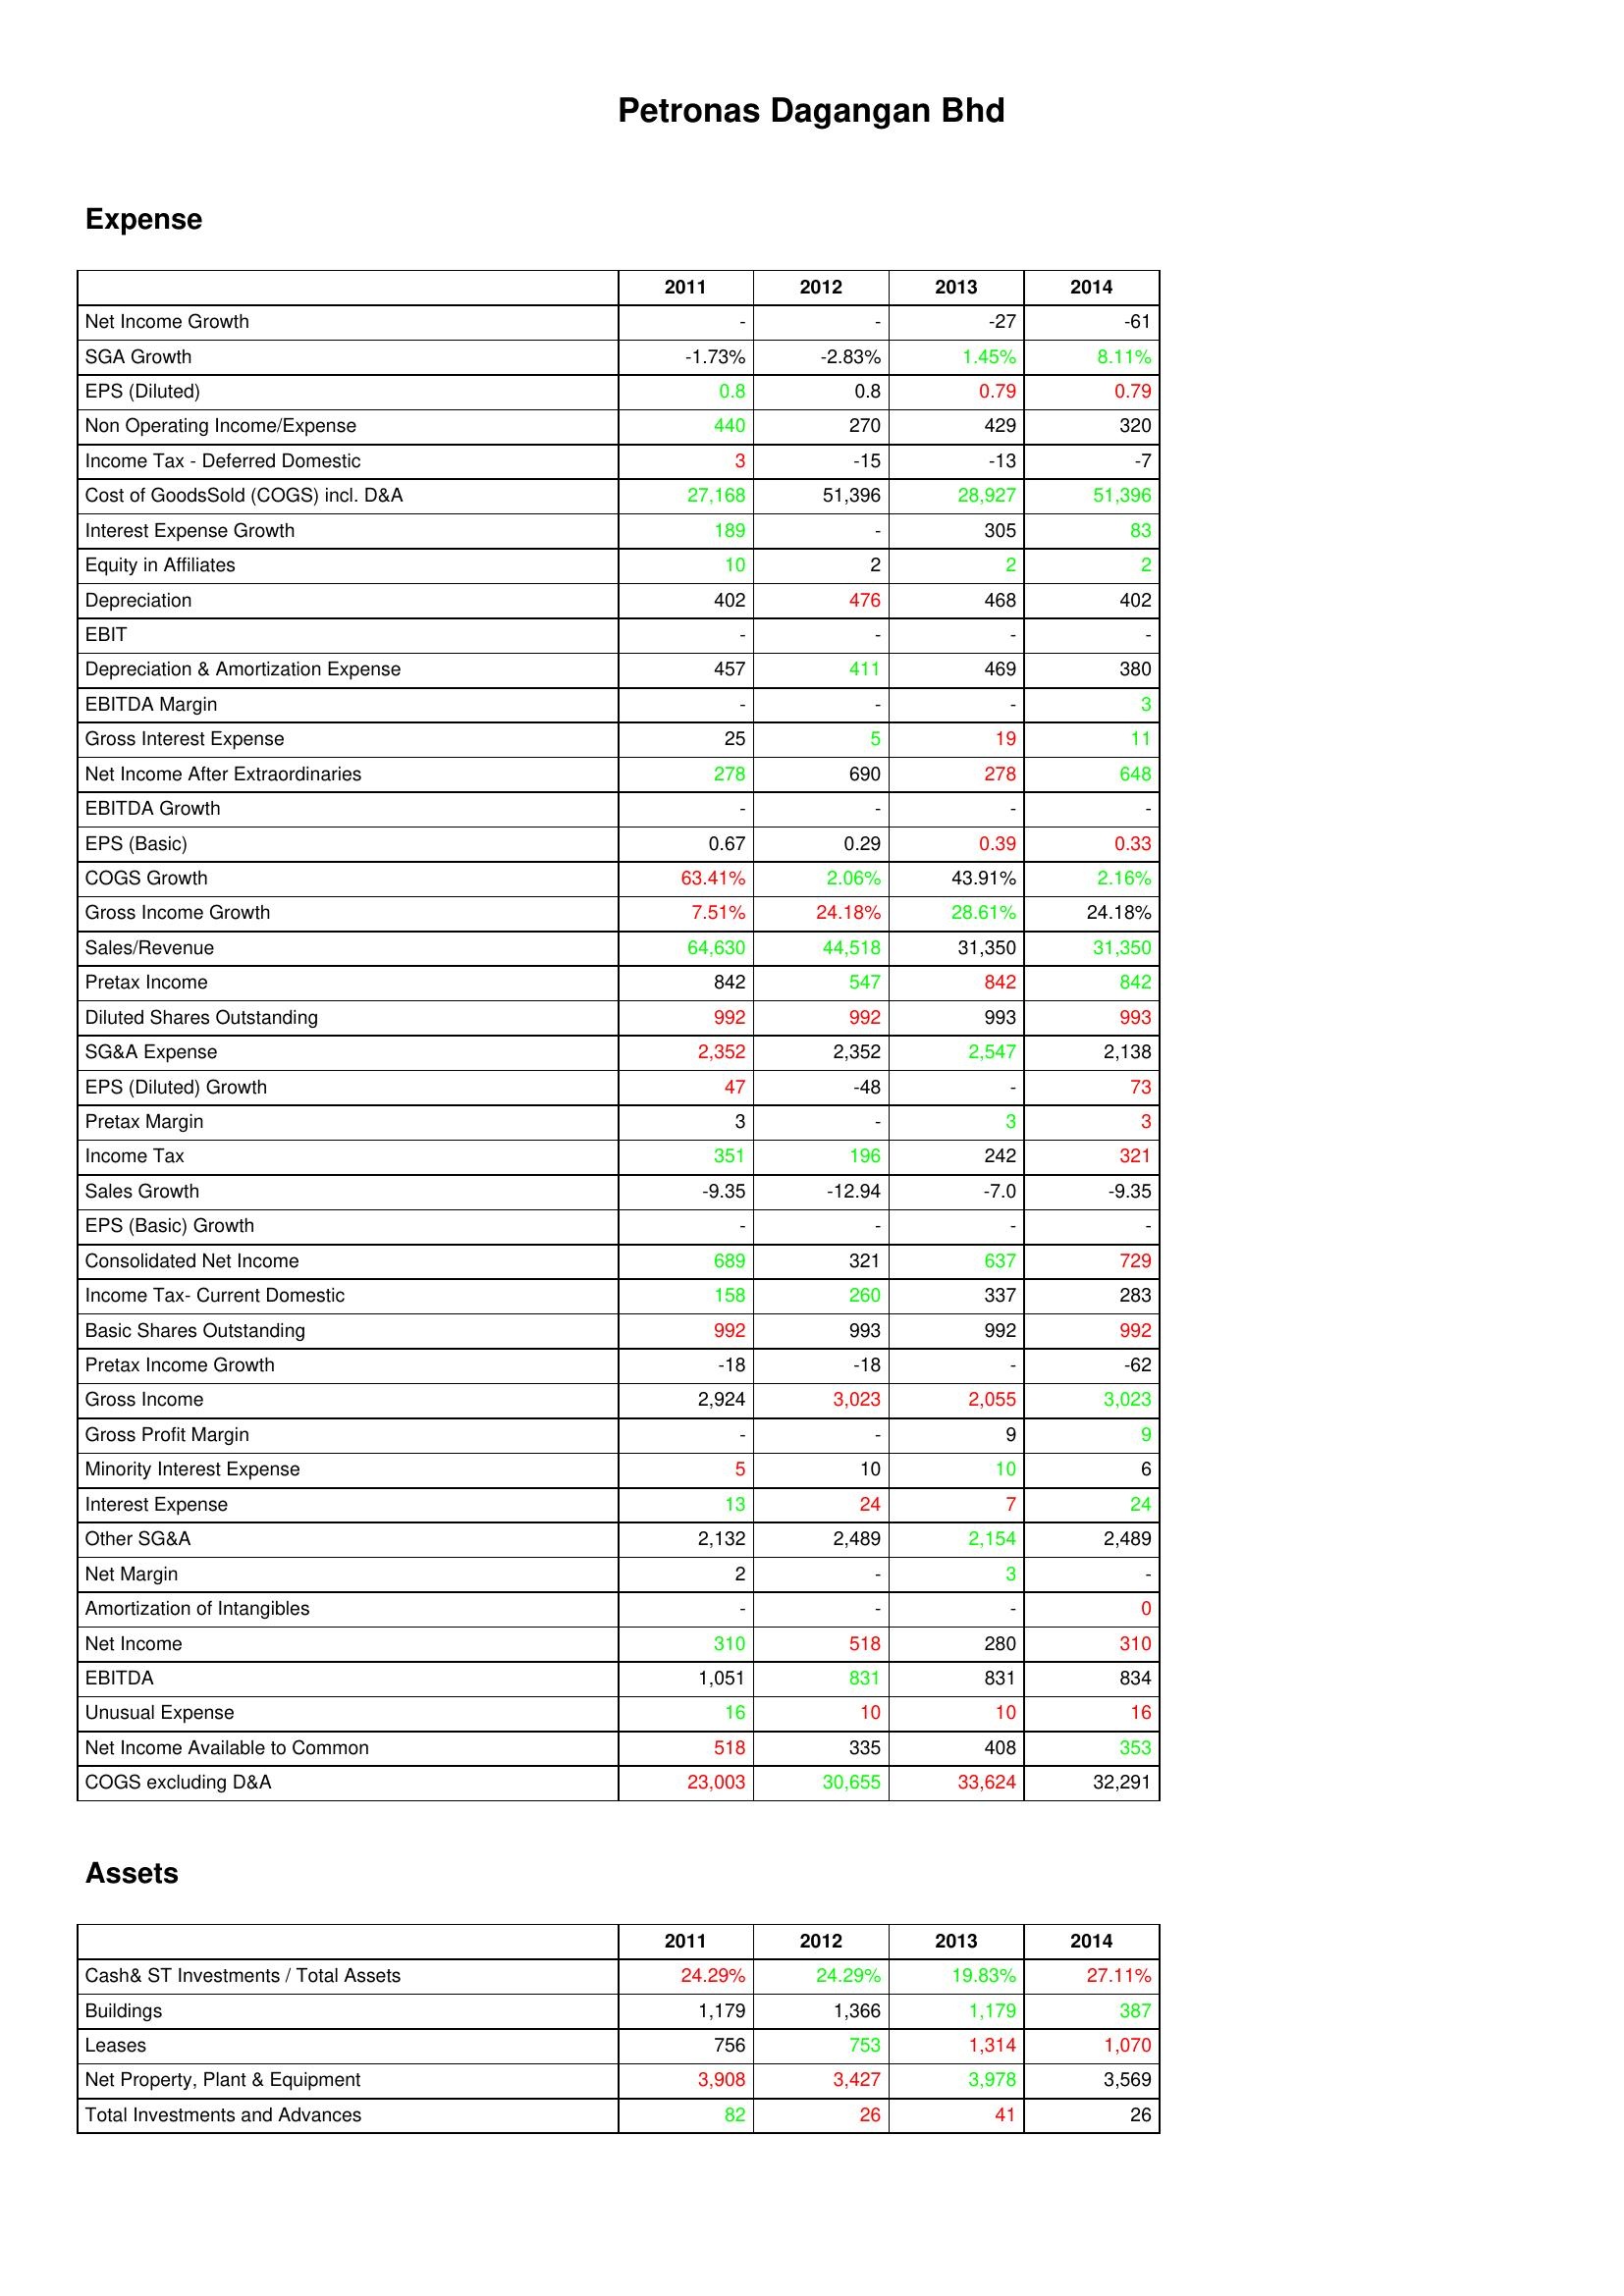
gt_parse: 2011: Expense: Net Income Growth: -
SGA Growth: -1.73%
EPS (Diluted): 0.8
Non Operating Income/Expense: 440
Income Tax - Deferred Domestic: 3
Cost of GoodsSold (COGS) incl. D&A: 27,168
Interest Expense Growth: 189
Equity in Affiliates: 10
Depreciation: 402
EBIT: -
Depreciation & Amortization Expense: 457
EBITDA Margin: -
Gross Interest Expense: 25
Net Income After Extraordinaries: 278
EBITDA Growth: -
EPS (Basic): 0.67
COGS Growth: 63.41%
Gross Income Growth: 7.51%
Sales/Revenue: 64,630
Pretax Income: 842
Diluted Shares Outstanding: 992
SG&A Expense: 2,352
EPS (Diluted) Growth: 47
Pretax Margin: 3
Income Tax: 351
Sales Growth: -9.35
EPS (Basic) Growth: -
Consolidated Net Income: 689
Income Tax- Current Domestic: 158
Basic Shares Outstanding: 992
Pretax Income Growth: -18
Gross Income: 2,924
Gross Profit Margin: -
Minority Interest Expense: 5
Interest Expense: 13
Other SG&A: 2,132
Net Margin: 2
Amortization of Intangibles: -
Net Income: 310
EBITDA: 1,051
Unusual Expense: 16
Net Income Available to Common: 518
COGS excluding D&A: 23,003
Assets: Cash& ST Investments / Total Assets: 24.29%
Buildings: 1,179
Leases: 756
Net Property, Plant & Equipment: 3,908
Total Investments and Advances: 82
2012: Expense: Net Income Growth: -
SGA Growth: -2.83%
EPS (Diluted): 0.8
Non Operating Income/Expense: 270
Income Tax - Deferred Domestic: -15
Cost of GoodsSold (COGS) incl. D&A: 51,396
Interest Expense Growth: -
Equity in Affiliates: 2
Depreciation: 476
EBIT: -
Depreciation & Amortization Expense: 411
EBITDA Margin: -
Gross Interest Expense: 5
Net Income After Extraordinaries: 690
EBITDA Growth: -
EPS (Basic): 0.29
COGS Growth: 2.06%
Gross Income Growth: 24.18%
Sales/Revenue: 44,518
Pretax Income: 547
Diluted Shares Outstanding: 992
SG&A Expense: 2,352
EPS (Diluted) Growth: -48
Pretax Margin: -
Income Tax: 196
Sales Growth: -12.94
EPS (Basic) Growth: -
Consolidated Net Income: 321
Income Tax- Current Domestic: 260
Basic Shares Outstanding: 993
Pretax Income Growth: -18
Gross Income: 3,023
Gross Profit Margin: -
Minority Interest Expense: 10
Interest Expense: 24
Other SG&A: 2,489
Net Margin: -
Amortization of Intangibles: -
Net Income: 518
EBITDA: 831
Unusual Expense: 10
Net Income Available to Common: 335
COGS excluding D&A: 30,655
Assets: Cash& ST Investments / Total Assets: 24.29%
Buildings: 1,366
Leases: 753
Net Property, Plant & Equipment: 3,427
Total Investments and Advances: 26
2013: Expense: Net Income Growth: -27
SGA Growth: 1.45%
EPS (Diluted): 0.79
Non Operating Income/Expense: 429
Income Tax - Deferred Domestic: -13
Cost of GoodsSold (COGS) incl. D&A: 28,927
Interest Expense Growth: 305
Equity in Affiliates: 2
Depreciation: 468
EBIT: -
Depreciation & Amortization Expense: 469
EBITDA Margin: -
Gross Interest Expense: 19
Net Income After Extraordinaries: 278
EBITDA Growth: -
EPS (Basic): 0.39
COGS Growth: 43.91%
Gross Income Growth: 28.61%
Sales/Revenue: 31,350
Pretax Income: 842
Diluted Shares Outstanding: 993
SG&A Expense: 2,547
EPS (Diluted) Growth: -
Pretax Margin: 3
Income Tax: 242
Sales Growth: -7.0
EPS (Basic) Growth: -
Consolidated Net Income: 637
Income Tax- Current Domestic: 337
Basic Shares Outstanding: 992
Pretax Income Growth: -
Gross Income: 2,055
Gross Profit Margin: 9
Minority Interest Expense: 10
Interest Expense: 7
Other SG&A: 2,154
Net Margin: 3
Amortization of Intangibles: -
Net Income: 280
EBITDA: 831
Unusual Expense: 10
Net Income Available to Common: 408
COGS excluding D&A: 33,624
Assets: Cash& ST Investments / Total Assets: 19.83%
Buildings: 1,179
Leases: 1,314
Net Property, Plant & Equipment: 3,978
Total Investments and Advances: 41
2014: Expense: Net Income Growth: -61
SGA Growth: 8.11%
EPS (Diluted): 0.79
Non Operating Income/Expense: 320
Income Tax - Deferred Domestic: -7
Cost of GoodsSold (COGS) incl. D&A: 51,396
Interest Expense Growth: 83
Equity in Affiliates: 2
Depreciation: 402
EBIT: -
Depreciation & Amortization Expense: 380
EBITDA Margin: 3
Gross Interest Expense: 11
Net Income After Extraordinaries: 648
EBITDA Growth: -
EPS (Basic): 0.33
COGS Growth: 2.16%
Gross Income Growth: 24.18%
Sales/Revenue: 31,350
Pretax Income: 842
Diluted Shares Outstanding: 993
SG&A Expense: 2,138
EPS (Diluted) Growth: 73
Pretax Margin: 3
Income Tax: 321
Sales Growth: -9.35
EPS (Basic) Growth: -
Consolidated Net Income: 729
Income Tax- Current Domestic: 283
Basic Shares Outstanding: 992
Pretax Income Growth: -62
Gross Income: 3,023
Gross Profit Margin: 9
Minority Interest Expense: 6
Interest Expense: 24
Other SG&A: 2,489
Net Margin: -
Amortization of Intangibles: 0
Net Income: 310
EBITDA: 834
Unusual Expense: 16
Net Income Available to Common: 353
COGS excluding D&A: 32,291
Assets: Cash& ST Investments / Total Assets: 27.11%
Buildings: 387
Leases: 1,070
Net Property, Plant & Equipment: 3,569
Total Investments and Advances: 26